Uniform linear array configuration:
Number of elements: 48
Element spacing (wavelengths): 0.25
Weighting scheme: exponential
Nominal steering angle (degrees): -15
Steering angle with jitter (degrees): -16.385
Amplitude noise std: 0.05
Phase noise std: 0.05

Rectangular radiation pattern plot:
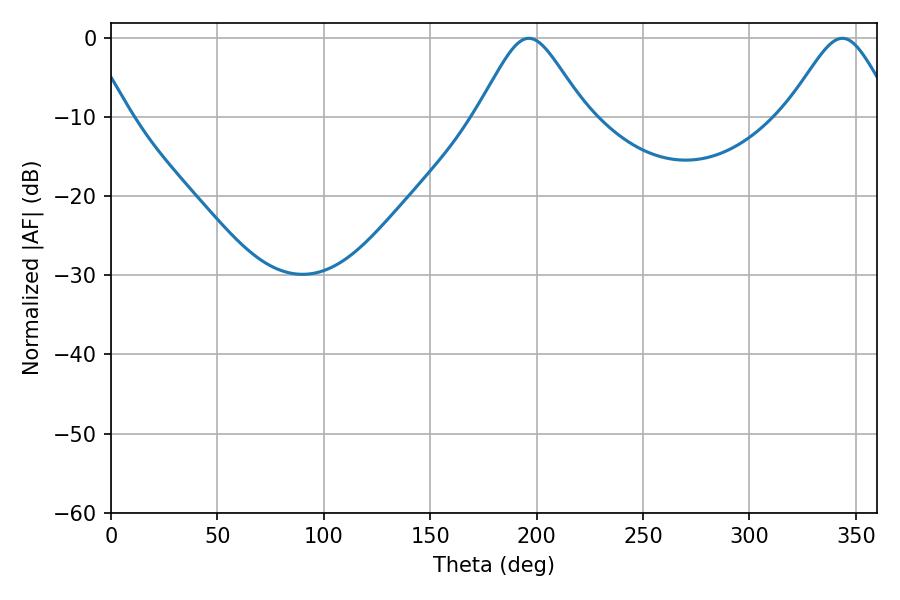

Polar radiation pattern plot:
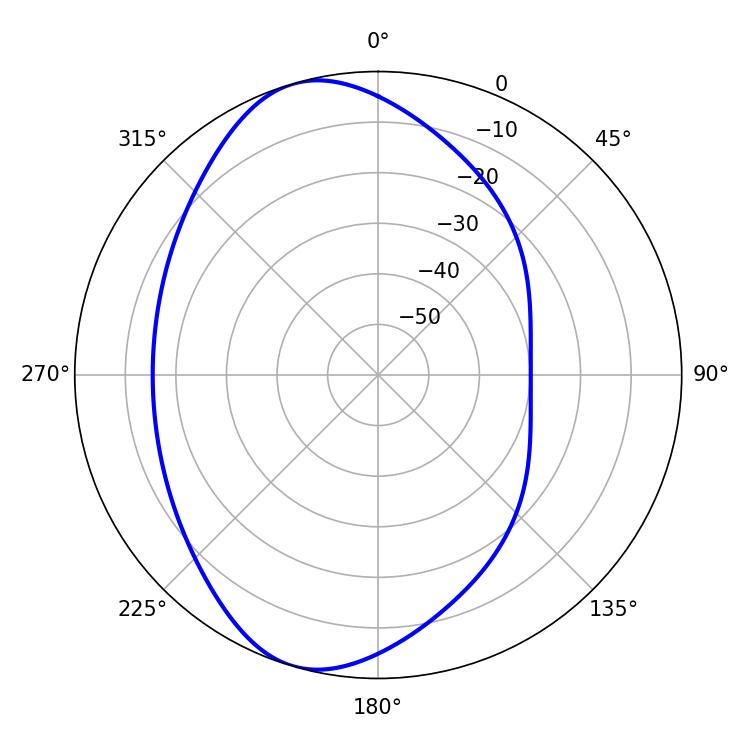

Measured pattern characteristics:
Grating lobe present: FALSE
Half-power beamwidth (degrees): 24.66
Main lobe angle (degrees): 196.38